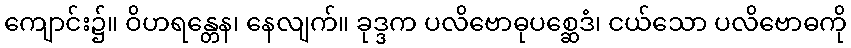
ကျောင်း၌။ ဝိဟရန္တေန၊ နေလျက်။ ခုဒ္ဒက ပလိဗောဓုပစ္ဆေဒံ၊ ငယ်သော ပလိဗောဓကို